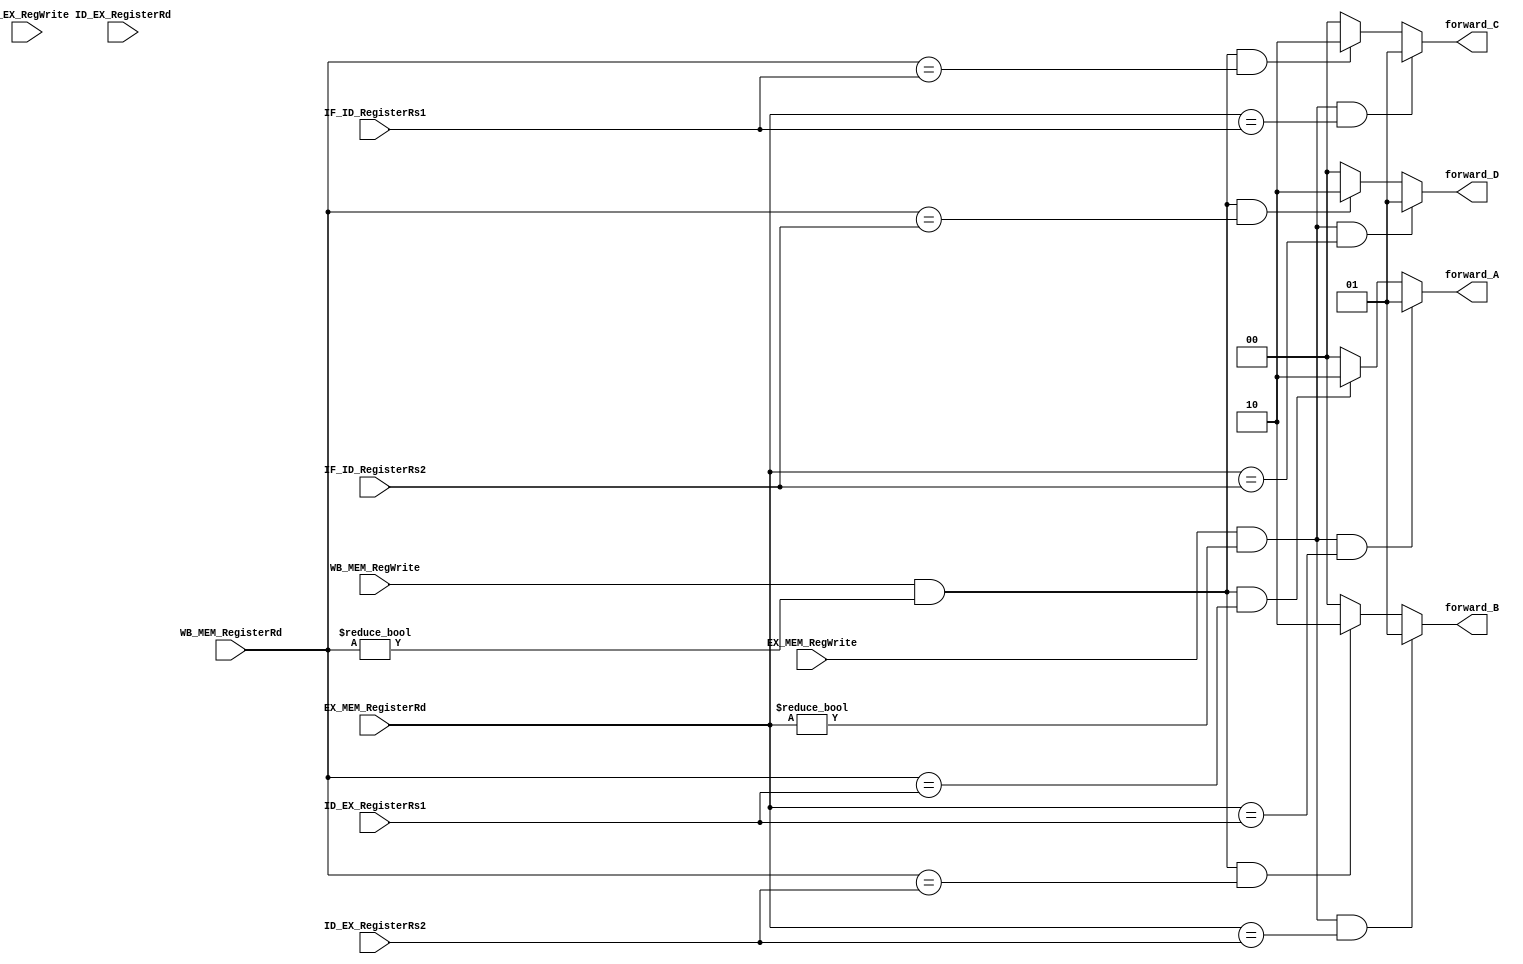
module forwarding_unit(

input ID_EX_RegWrite,EX_MEM_RegWrite,WB_MEM_RegWrite,
input [4:0] ID_EX_RegisterRs1,ID_EX_RegisterRs2,ID_EX_RegisterRd,    //stage 3
input [4:0] EX_MEM_RegisterRd, //stage 4
input [4:0] WB_MEM_RegisterRd, //stage 5
input [4:0] IF_ID_RegisterRs1,IF_ID_RegisterRs2,
output reg [1:0] forward_A,forward_B,forward_C,forward_D

);


/*Forwarding mux controls
----------------------
| 00  |  normal
----------------------
| 01  |  EX-EX
----------------------
| 10  |  WB-EX
----------------------*/

always@(*) //rs1 (forward_C)
	begin
		if (EX_MEM_RegWrite && EX_MEM_RegisterRd !=5'd0 && EX_MEM_RegisterRd == ID_EX_RegisterRs1 )
		   forward_A = 2'b01;
		else if ( WB_MEM_RegWrite && WB_MEM_RegisterRd !=5'd0 && WB_MEM_RegisterRd == ID_EX_RegisterRs1 )
		   forward_A = 2'b10;
		else
		   forward_A = 2'b00;
	end

always@(*) //rs2 (forward_D)
	begin
		if (EX_MEM_RegWrite && EX_MEM_RegisterRd !=5'd0 && EX_MEM_RegisterRd == ID_EX_RegisterRs2 )
		   forward_B = 2'b01;
		else if (WB_MEM_RegWrite && WB_MEM_RegisterRd !=5'd0 && WB_MEM_RegisterRd == ID_EX_RegisterRs2 )
		   forward_B = 2'b10;
		else
		   forward_B = 2'b00;
	end

/*Forwarding branch controls
----------------------
| 00  |  register data
----------------------
| 01  |  IF-EX
----------------------
| 10  |  IF-WB
----------------------*/

always@(*) //rs1 (forward_C)
	begin
		if (EX_MEM_RegWrite && EX_MEM_RegisterRd !=5'd0 && EX_MEM_RegisterRd == IF_ID_RegisterRs1 )
		   forward_C = 2'b01;
		else if (WB_MEM_RegWrite && WB_MEM_RegisterRd !=5'd0 && WB_MEM_RegisterRd == IF_ID_RegisterRs1 )
		   forward_C = 2'b10;
		else
		   forward_C = 2'b00;
	end

always@(*) //rs1 (forward_D)
	begin
		if (EX_MEM_RegWrite && EX_MEM_RegisterRd !=5'd0 && EX_MEM_RegisterRd == IF_ID_RegisterRs2 )
		   forward_D = 2'b01;
		else if (WB_MEM_RegWrite && WB_MEM_RegisterRd !=5'd0 && WB_MEM_RegisterRd == IF_ID_RegisterRs2 )
		   forward_D = 2'b10;
		else
		   forward_D = 2'b00;
	end

endmodule